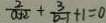
\frac { 2 } { a + 2 } + \frac { 3 } { b - 1 } + 1 = 0